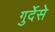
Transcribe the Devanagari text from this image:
गुर्देसे